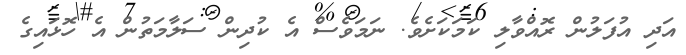
އަދި އުފަލުން ރޮއްވާލި ކަމަކަށެވެ. ނަމަވެސް އެ ކުދިން ސަލާމަތުން އެ ހޮޅައިގެ